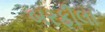
બરફીલા